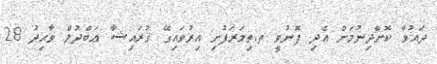
ދައުވާ ކޮށްދިނުމަށް އެދި ފޮނުވީ ތ.ތިމަރަފުށި އިރުވައިގޭ ޤުރައިޝާ ޢަބްދުލް ވާޙިދު 28